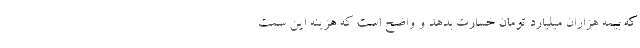
که بیمه هزاران میلیارد تومان خسارت بدهد و واضح است که هزینه این سمت